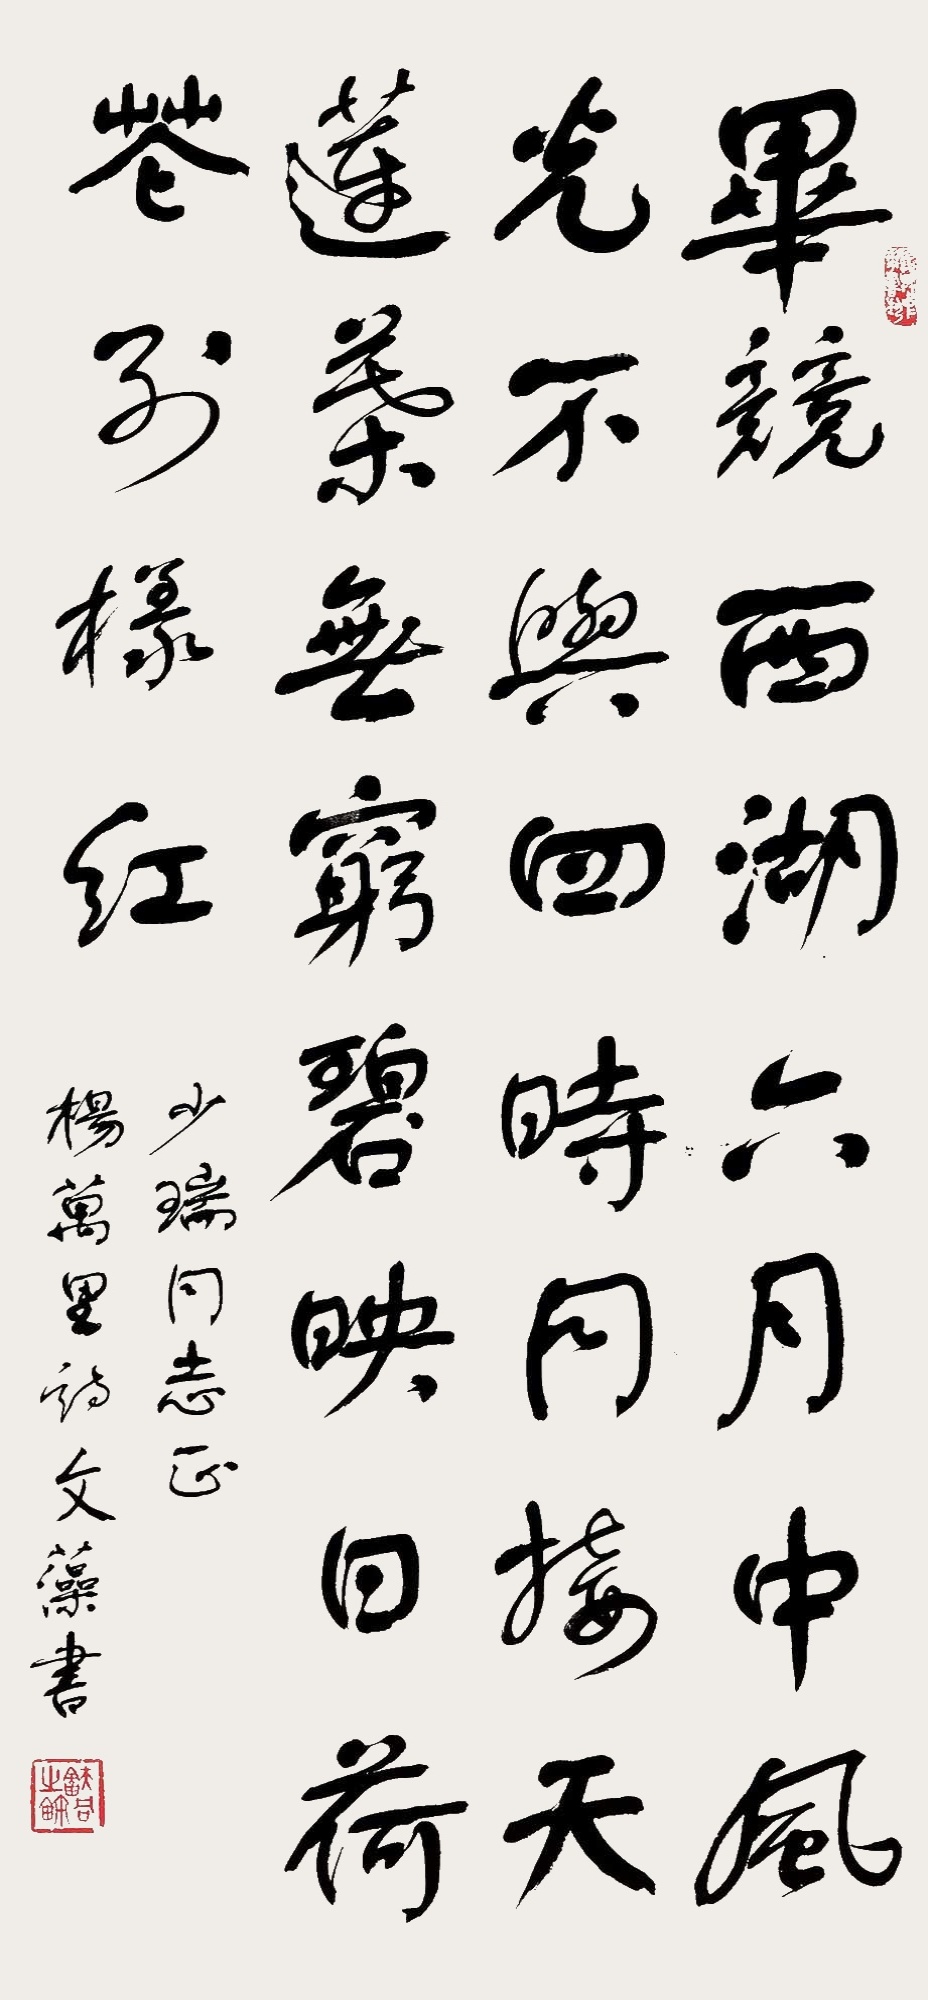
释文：毕竟西湖六月中，风光不与四时同。接天莲叶无穷碧，映日荷花别样红。少瑞同志正，杨万里诗，文藻书。